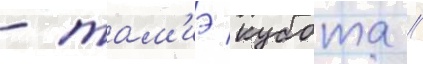
- там'иэ кубота //